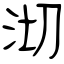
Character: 沏